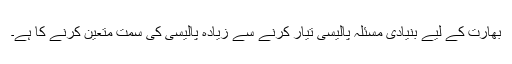
بھارت کے لیے بنیادی مسئلہ پالیسی تیار کرنے سے زیادہ پالیسی کی سمت متعین کرنے کا ہے۔